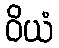
ဝိယံ